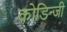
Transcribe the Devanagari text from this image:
कोडिन्जी